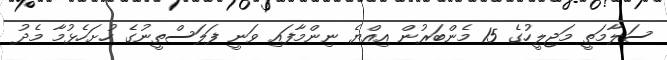
ސަލާމަތީ މަޖިލީހުގެ 15 މެންބަރުން އިއްޔެ ނިންމާފައި ވަނީ ފަލަސްތީނުގެ ހުށަހެޅުމާ މެދު